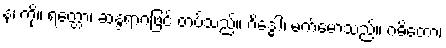
နံ၊ ကို။ ရတ္တော၊ ဆန္ဒရာဂဖြင့် တပ်သည်။ ဂိဒ္ဓေါ၊ မက်မောသည်။ ဂဓိတော၊